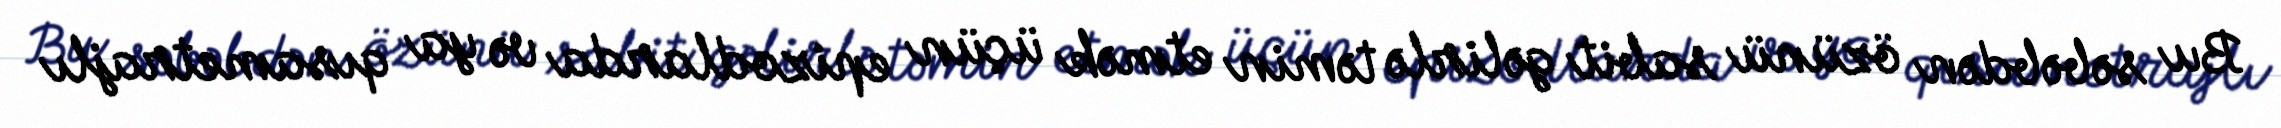
Bu səbəbdən özünü sabit gəlirlə təmin etmək üçün epizodlarda və ya qısametrajlı